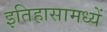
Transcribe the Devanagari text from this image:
इतिहासामध्यें